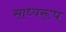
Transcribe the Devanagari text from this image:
साध्यरूप